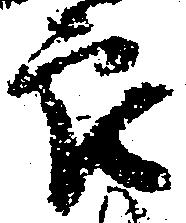
郎